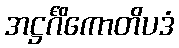
အဋ္ဌင်္ဂိကောတိပဒံ